Problem: 8 ÷ 4 = ?
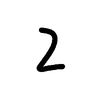
Handwritten answer: 2